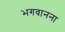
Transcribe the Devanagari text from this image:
भगवानना